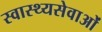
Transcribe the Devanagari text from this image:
स्वास्थ्यसेवाओं